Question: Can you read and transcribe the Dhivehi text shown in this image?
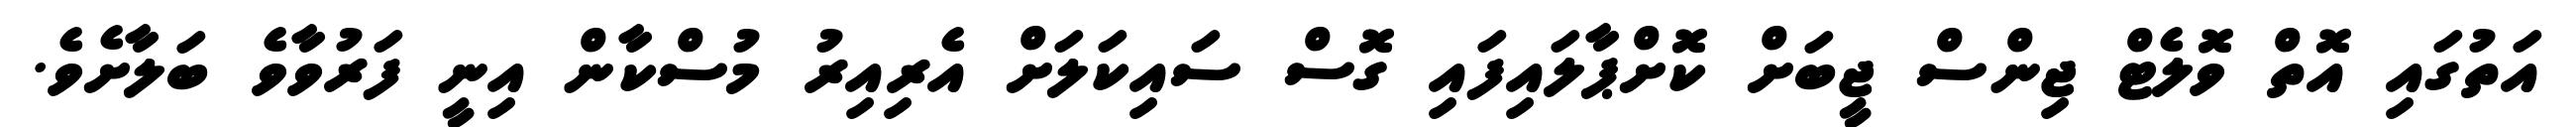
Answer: އަތުގައި އޮތް ވޮލެޓް ޖިންސް ޖީބަށް ކޮށްޕާލައިފައި ގޮސް ސައިކަލަށް އެރިއިރު މުސްކާން އިނީ ފަރުވާވެ ބަލާށެވެ.